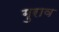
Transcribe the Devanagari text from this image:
गुराव